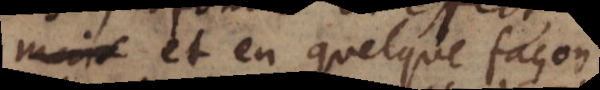
et en quelque façon